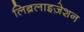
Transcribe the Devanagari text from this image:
लिब्रलाइज़ेशन